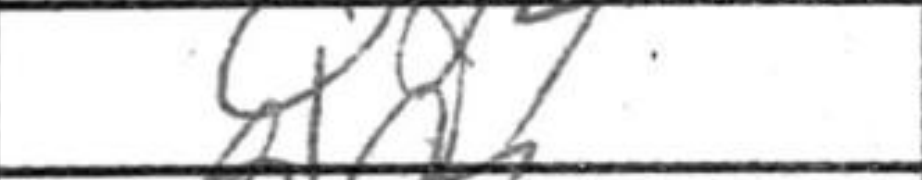
Transcription: Qd4